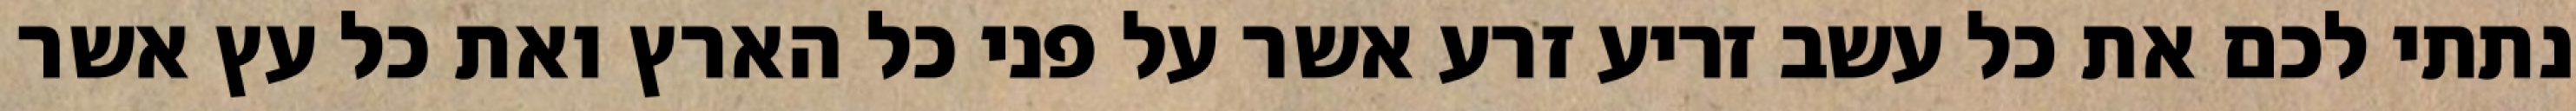
נתתי לכם את כל עשב זריע זרע אשר על פני כל הארץ ואת כל עץ אשר